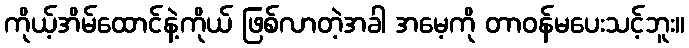
ကိုယ့်အိမ်ထောင်နဲ့ကိုယ် ဖြစ်လာတဲ့အခါ အမေ့ကို တာဝန်မပေးသင့်ဘူး။